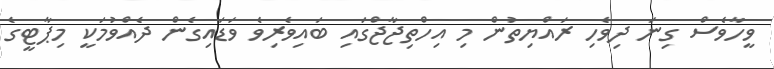
ވީހާވެސް ގިނަ ދިވެހި ރައްޔިތުން މި އިހްތިޖާޖްގައި ބައިވެރިވެ ވަޑައިގެން ދެއްވުމަކީ މިޕާޓީގެ